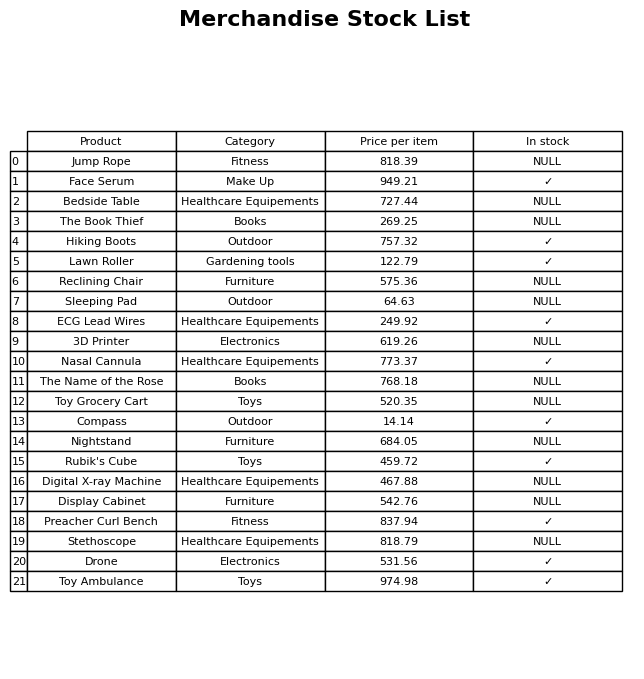
question: What is the price of the Sleeping Pad?
answer: The price of Sleeping Pad is 64.63.